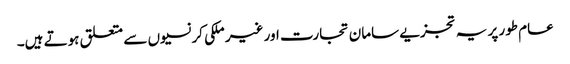
عام طور پر یہ تجزیے سامان تجارت اور غیر ملکی کرنسیوں سے متعلق ہوتے ہیں۔